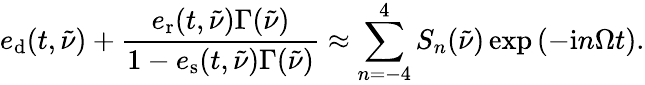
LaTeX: e_{\mathrm{d}}(t,\tilde{\nu})+\frac{e_{\mathrm{r}}(t,\tilde{\nu})\Gamma(\tilde{\nu})}{1-e_{\mathrm{s}}(t,\tilde{\nu})\Gamma(\tilde{\nu})}\approx\sum_{n=-4}^{4}S_{n}(\tilde{\nu})\exp\left({-\mathrm{i}n\Omega t}\right).